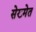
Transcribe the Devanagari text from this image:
सेख्मेत